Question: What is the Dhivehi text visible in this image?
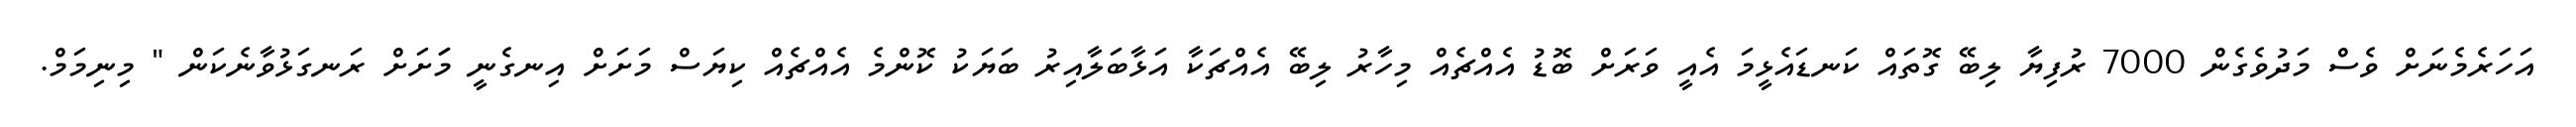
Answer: އަހަރެމެނަށް ވެސް މަދުވެގެން 7000 ރުފިޔާ ލިބޭ ގޮތައް ކަނޑައެޅީމަ އެއީ ވަރަށް ބޮޑު އެއްޗެއް މިހާރު ލިބޭ އެއްޗަކާ އަޅާބަލާއިރު ބަޔަކު ކޮންމެ އެއްޗެއް ކިޔަސް މަށަށް އިނގެނީ މަަށަށް ރަނގަޅުވާނެކަން " މިނިމަމް.